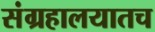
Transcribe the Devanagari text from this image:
संग्रहालयातच